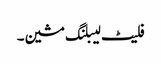
فلیٹ لیبلنگ مشین۔